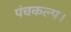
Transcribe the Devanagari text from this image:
पंचकल्प।